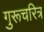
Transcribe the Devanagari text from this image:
गुरूचरित्र